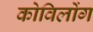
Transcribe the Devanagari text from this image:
कोविलोंग